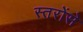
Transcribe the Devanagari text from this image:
स्तरोंसे